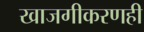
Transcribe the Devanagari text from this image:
खाजगीकरणही